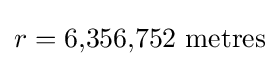
r={\text{6,356,752 metres}}